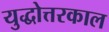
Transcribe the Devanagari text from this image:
युद्धोत्तरकाल